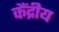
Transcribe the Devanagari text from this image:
कैंद्रीय